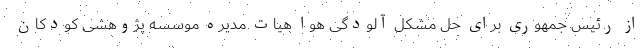
از رئیس جمهوری برای حل مشکل آلودگی هوا هیات مدیره موسسه پژوهشی کودکان